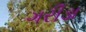
ગરીડા